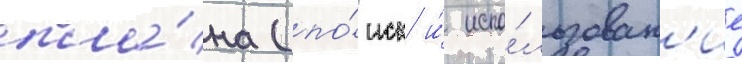
пла́на (по́иск и́ испо́льзован'ие